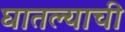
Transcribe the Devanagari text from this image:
घातल्याची